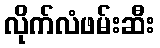
လိုက်လံဖမ်းဆီး